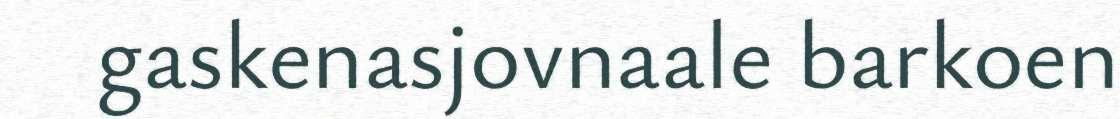
gaskenasjovnaale barkoen